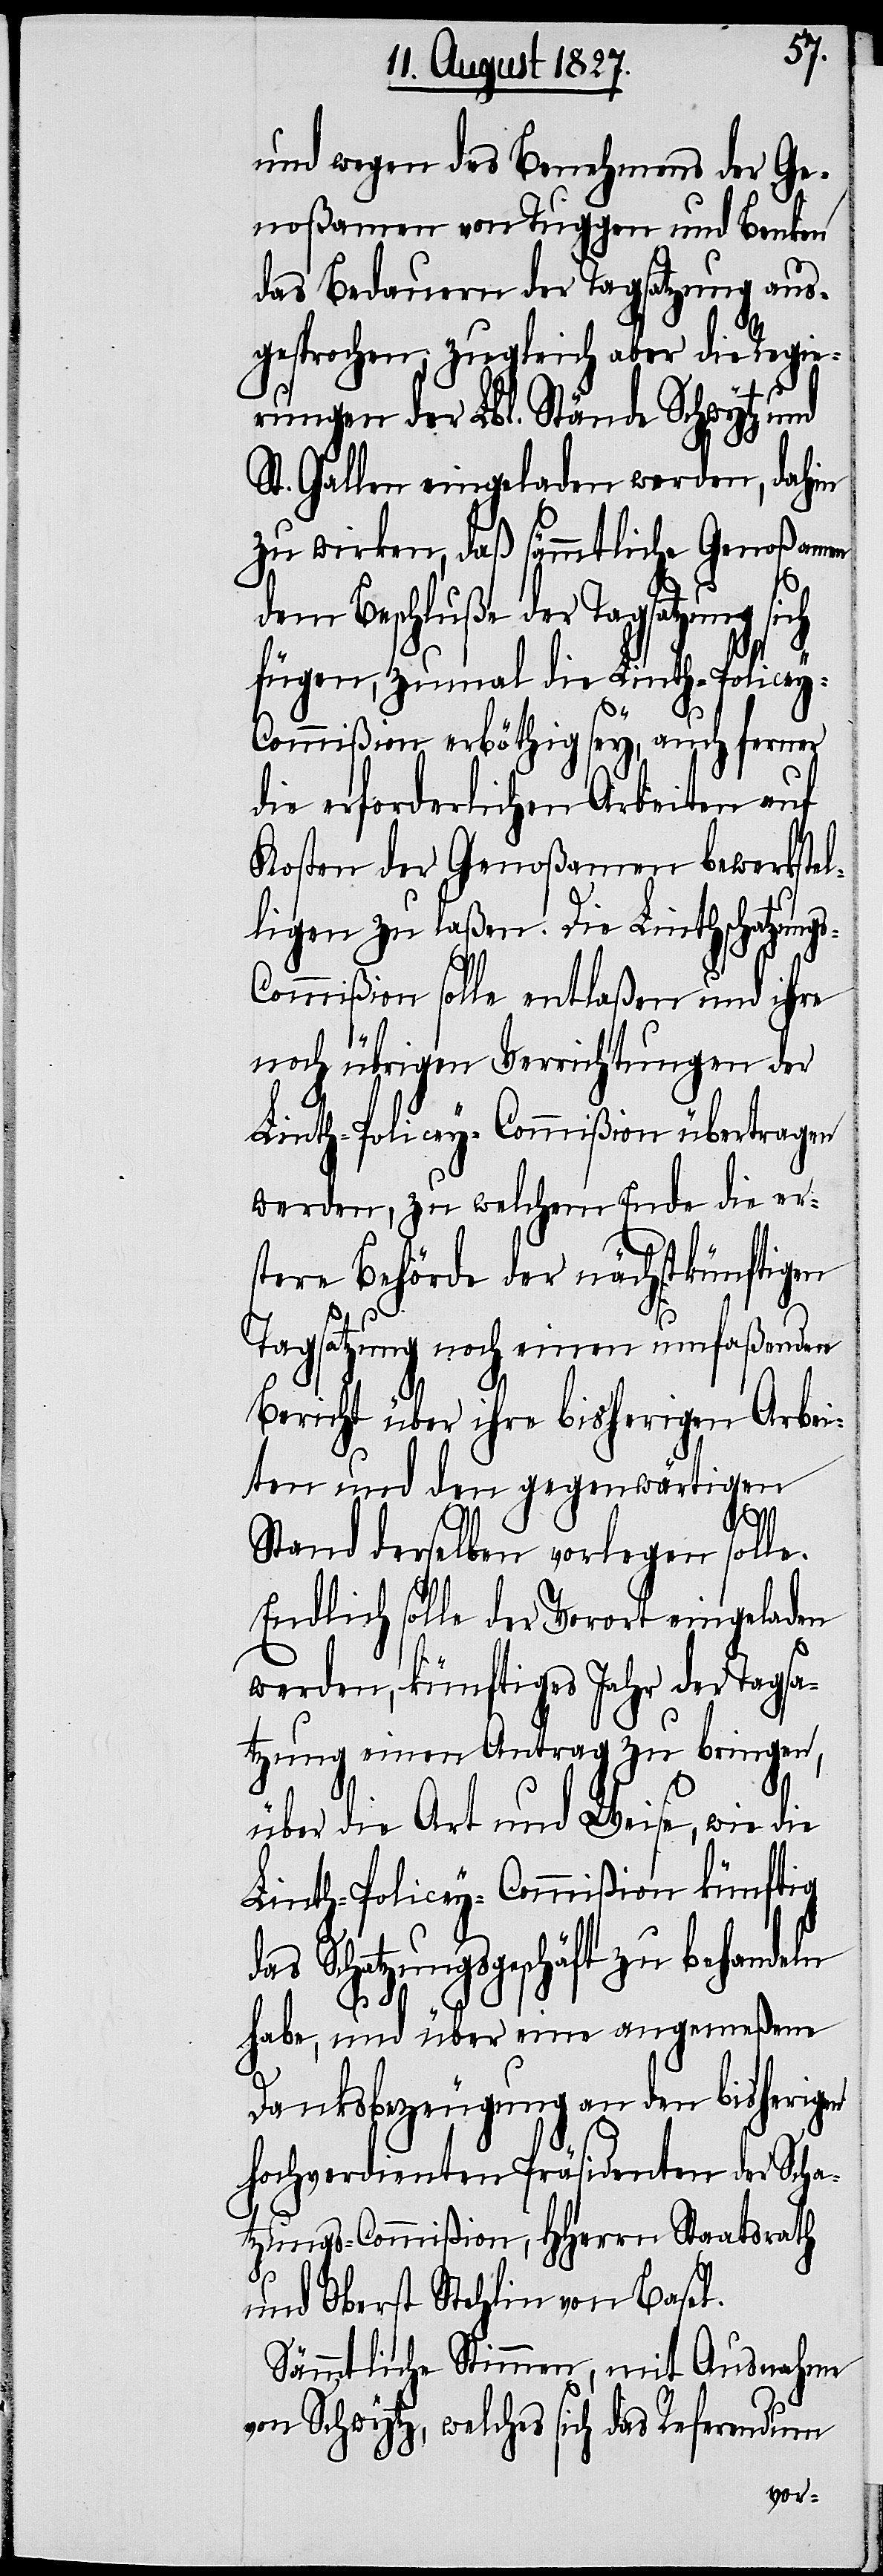
und wegen des Benehmens der Ge¬
noßamen von Tuggen und Benken
das Bedauern der Tagsatzung aus¬
gesprochen, zugleich aber die Regie¬
rungen der Lbl. Stände Schwytz und
St. Gallen eingeladen werden, dahin
zu wirken, daß sämmtliche Genoßamen
dem Beschluße der Tagsatzung sich
fügen, zumal die Linth-Policey-C¬
ommißion erböthig sey, auch ferner
die erforderlichen Arbeiten auf
Kosten der Genoßamen bewerkstel¬
ligen zu laßen. Die Linthschatzung¬
ommißion solle entlaßen und ihre
noch übrigen Verrichtungen der
Linth-Policey-Commißion übertragen
werden, zu welchem Ende die er¬
stere Behörde der nächstkünftigen
Tagsatzung noch einen umfaßenden
Bericht über ihre bisherigen Arbei¬
ten und den gegenwärtigen
s-C¬
Stand derselben vorlegen solle.
Endlich solle der Vorort eingeladen
werden, künftiges Jahr der Tagsa¬
tzung einen Antrag zu bringen,
über die Art und Weise, wie die
Linth-Policey-Commißion künftig
das Schatzungsgeschäft zu behandeln
habe, und über eine angemeßene
Danksbezeugung an den bisherigen
Hochverdienten Präsidenten der Scha¬
tzungs-Commißion, HHerrn Staatsrath
und Oberst Stehlin von Basel.
Sämmtliche Stimmen, mit Ausnahme
von Schwytz, welches sich das Referendum